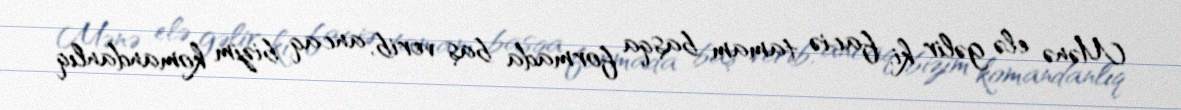
Mənə elə gəlir ki, faciə tamam başqa formada baş verib, ancaq bizim komandanlıq